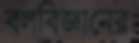
বলবিজ্ঞানের